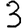
Digit: 3